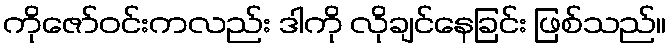
ကိုဇော်ဝင်းကလည်း ဒါကို လိုချင်နေခြင်း ဖြစ်သည်။